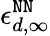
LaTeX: \epsilon_{d,\infty}^{\tt NN}